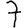
Digit: 7